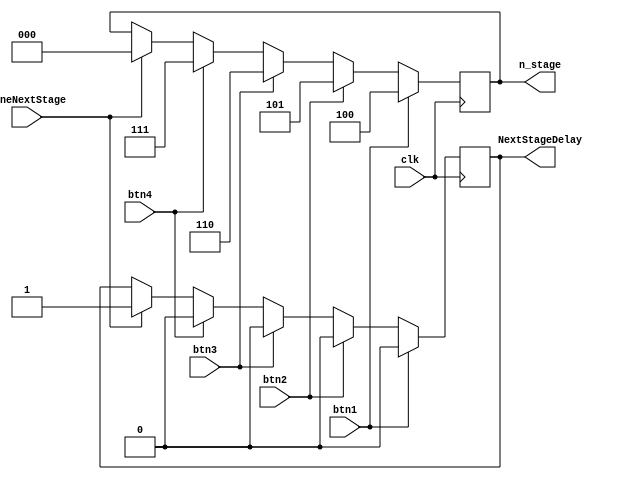
`timescale 1ns / 1ps

module next_stage(
	 input clk,
    input btn1,
    input btn2,
    input btn3,
    input btn4,
	 input DoneNextStage,
	 output NextStageDelay,
    output [2:0] n_stage
    );
	
	reg reg_NextStageDelay;
	reg [2:0]reg_stage;
	 always@(posedge clk)begin
		if(DoneNextStage == 1)begin
			reg_NextStageDelay = 1;
			reg_stage = 0;
		end
		if(btn1 == 1)begin
			reg_stage = 3'd4;
			reg_NextStageDelay = 0;
		end
		else if(btn2 == 1)begin
			reg_stage = 3'd5;
			reg_NextStageDelay = 0;
		end
		else if(btn3 == 1)begin
			reg_stage = 3'd6;
			reg_NextStageDelay = 0;
		end
		else if(btn4 == 1)begin
			reg_stage = 3'd7;
			reg_NextStageDelay = 0;
		end
	 end

assign NextStageDelay = reg_NextStageDelay;
assign n_stage = reg_stage;
endmodule